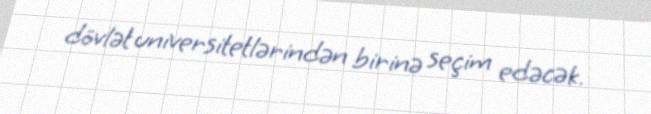
dövlət universitetlərindən birinə seçim edəcək.